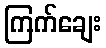
ကြက်ချေး